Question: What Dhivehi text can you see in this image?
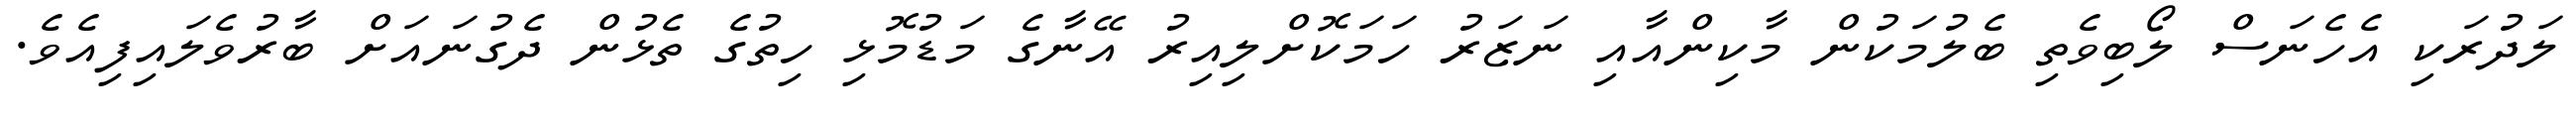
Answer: ލަދުރަކި އެހެނަސް ލޯބިވެތި ބެލުމަކުން މާކިންއާއި ނަޒަރު ހަމަކޮށްލިއިރު އޭނާގެ މަޑުމޮޅި ހިތުގެ ތެޅުން ދެގުނައަށް ބާރުވެލައިފިއެވެ.